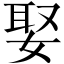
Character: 娶